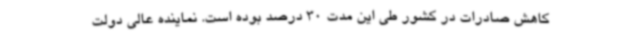
کاهش صادرات در کشور طی این مدت 30 درصد بوده است. نماینده عالی دولت